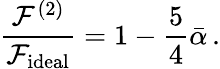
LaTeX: {\frac{{\cal F}^{(2)}}{{\cal F}_{\mathrm{ideal}}}}=1-{\frac{5}{4}}\bar{\alpha}\, .